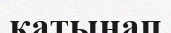
қатынап